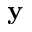
\mathbf { y }